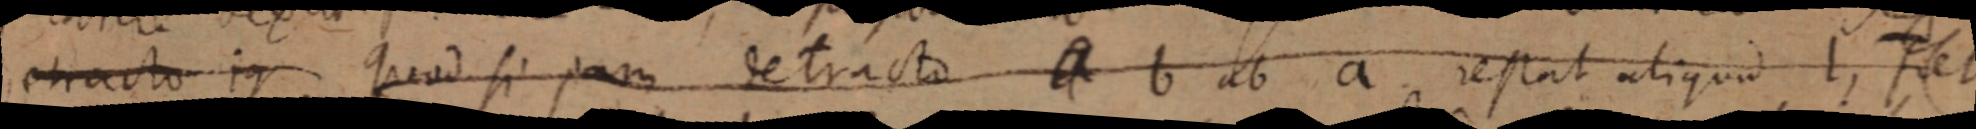
detracto in quod si jam detracto a b ab a restat aliquid I, fiet